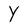
Character: Y